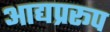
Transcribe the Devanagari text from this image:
आद्यप्ररूप